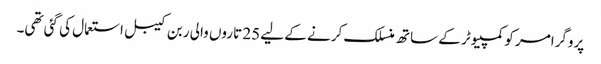
پروگرامر کو کمپیوٹر کے ساتھ منسلک کرنے کے لیے 25 تاروں والی ربن کیبل استعمال کی گئی تھی۔